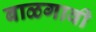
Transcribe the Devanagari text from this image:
बाळगावी